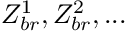
Z _ { b r } ^ { 1 } , Z _ { b r } ^ { 2 } , . . .